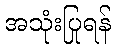
အသုံးပြုရန်